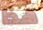
هذا